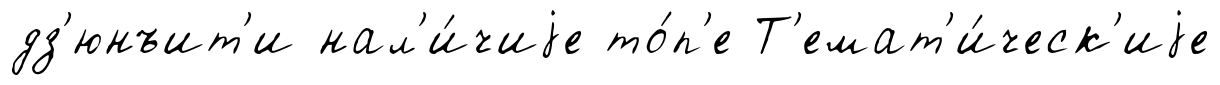
дз'юнъит'и нал'и́чиjе то́п'е Т'емат'и́ческ'иjе